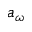
a _ { \omega }